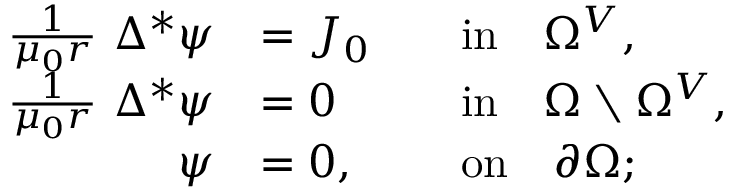
\begin{array} { r l r l } { \frac { 1 } { \mu _ { 0 } r } ~ \Delta ^ { * } \psi } & { = J _ { 0 } } & & { \mathrm { i n } \quad \Omega ^ { V } , } \\ { \frac { 1 } { \mu _ { 0 } r } ~ \Delta ^ { * } \psi } & { = 0 } & & { \mathrm { i n } \quad \Omega \setminus \Omega ^ { V } , } \\ { \psi } & { = 0 , } & & { \mathrm { o n } \quad \partial \Omega ; } \end{array}